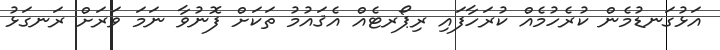
އަޅުގަނޑުމެން ކުރެހުމެއް ކުރަހާފައި ރިޕޯރޓެއް އެޤައުމު ތަކަށް ފޮނުވާ ނަމަ ވަރަށް ރަނގަޅު